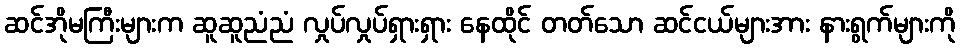
ဆင်အိုမကြီးများက ဆူဆူညံညံ လှုပ်လှုပ်ရှားရှား နေထိုင် တတ်သော ဆင်ငယ်များအား နားရွက်များကို